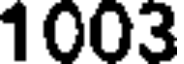
1003